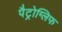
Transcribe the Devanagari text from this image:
पैट्रोग्लिफ